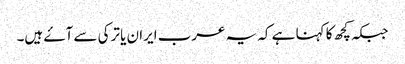
جبکہ کچھ کا کہنا ہے کہ یہ عرب ایران یا ترکی سے آۓ ہیں۔